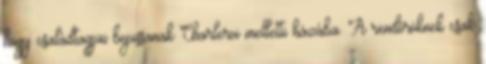
hogy családtagjai bejussanak Charleroi melletti házába. A rendőröknek csak